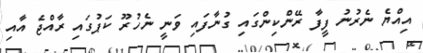
އިއްޔެ ނެރުނު ފީފާ ރޭންކިންގައި ގުނާފައި ވަނީ ނެހުރޫ ކަޕުގައި ރާއްޖެ އާއި